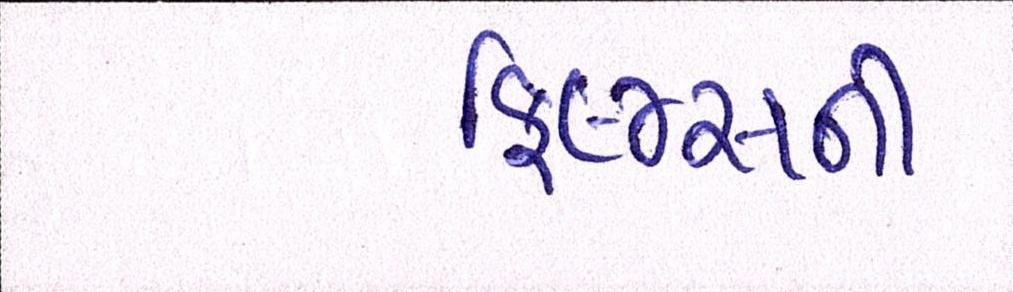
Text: ફિલ્મ્સની